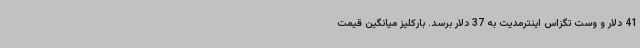
41 دلار و وست تگزاس اینترمدیت به 37 دلار برسد. بارکلیز میانگین قیمت